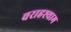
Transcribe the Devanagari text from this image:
वराहश्याम